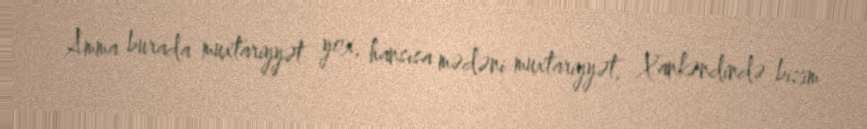
Amma burada muxtariyyət yox, hansısa mədəni muxtariyyət, Xankəndində bizim